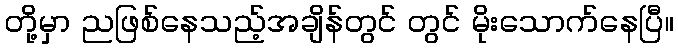
တို့မှာ ညဖြစ်နေသည့်အချိန်တွင် တွင် မိုးသောက်နေပြီ။